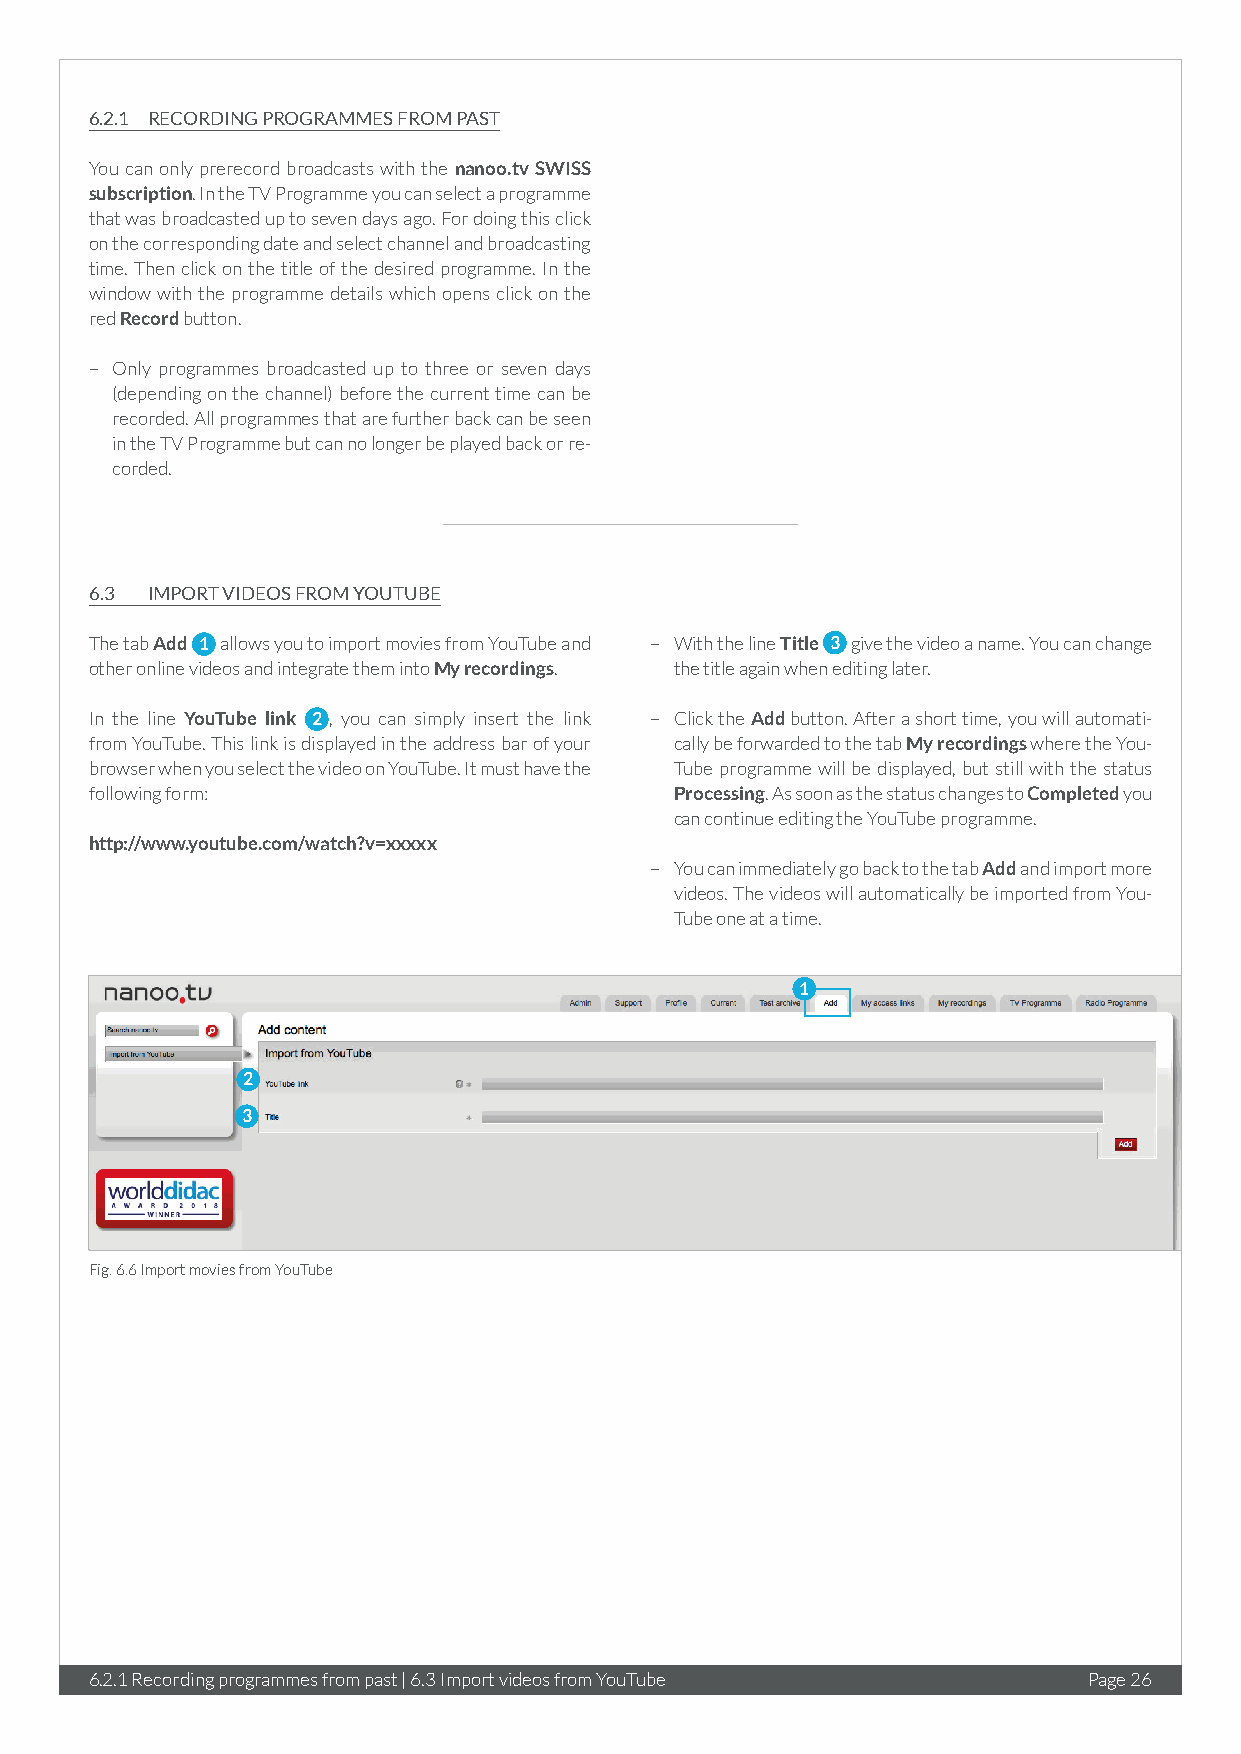
6.2.1 RECORDING PROGRAMMES FROM PAST
 You can only prerecord broadcasts with the nanoo.tv SWISS
 subscription. In the TV Programme you can select a programme
 that was broadcasted up to seven days ago. For doing this click
 on the corresponding date and select channel and broadcasting
 time. Then click on the title of the desired programme. In the
 window with the programme details which opens click on the
 red Record button.
 – Only programmes broadcasted up to three or seven days
 (depending on the channel) before the current time can be
 recorded. All programmes that are further back can be seen
 in the TV Programme but can no longer be played back or re-
 corded.
 6.3 IMPORT VIDEOS FROM YOUTUBE
 The tab Add 1 allows you to import movies from YouTube and – With the line Title 3 give the video a name. You can change
 other online videos and integrate them into My recordings. the title again when editing later.
 In the line YouTube link 2 , you can simply insert the link – Click the Add button. After a short time, you will automati-
 from YouTube. This link is displayed in the address bar of your cally be forwarded to the tab My recordings where the You-
 browser when you select the video on YouTube. It must have the Tube programme will be displayed, but still with the status
 following form:                        Processing. As soon as the status changes to Completed you
 can continue editing the YouTube programme.
 http://www.youtube.com/watch?v=xxxxx
 – You can immediately go back to the tab Add and import more
 videos. The videos will automatically be imported from You-
 Tube one at a time.
 1
 2
 3
 Fig. 6.6 Import movies from YouTube
 6.2.1 Recording programmes from past | 6.3 Import videos from YouTube Page 26